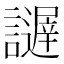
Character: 𧭋